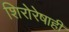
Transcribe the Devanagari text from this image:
शिरोरेषाही